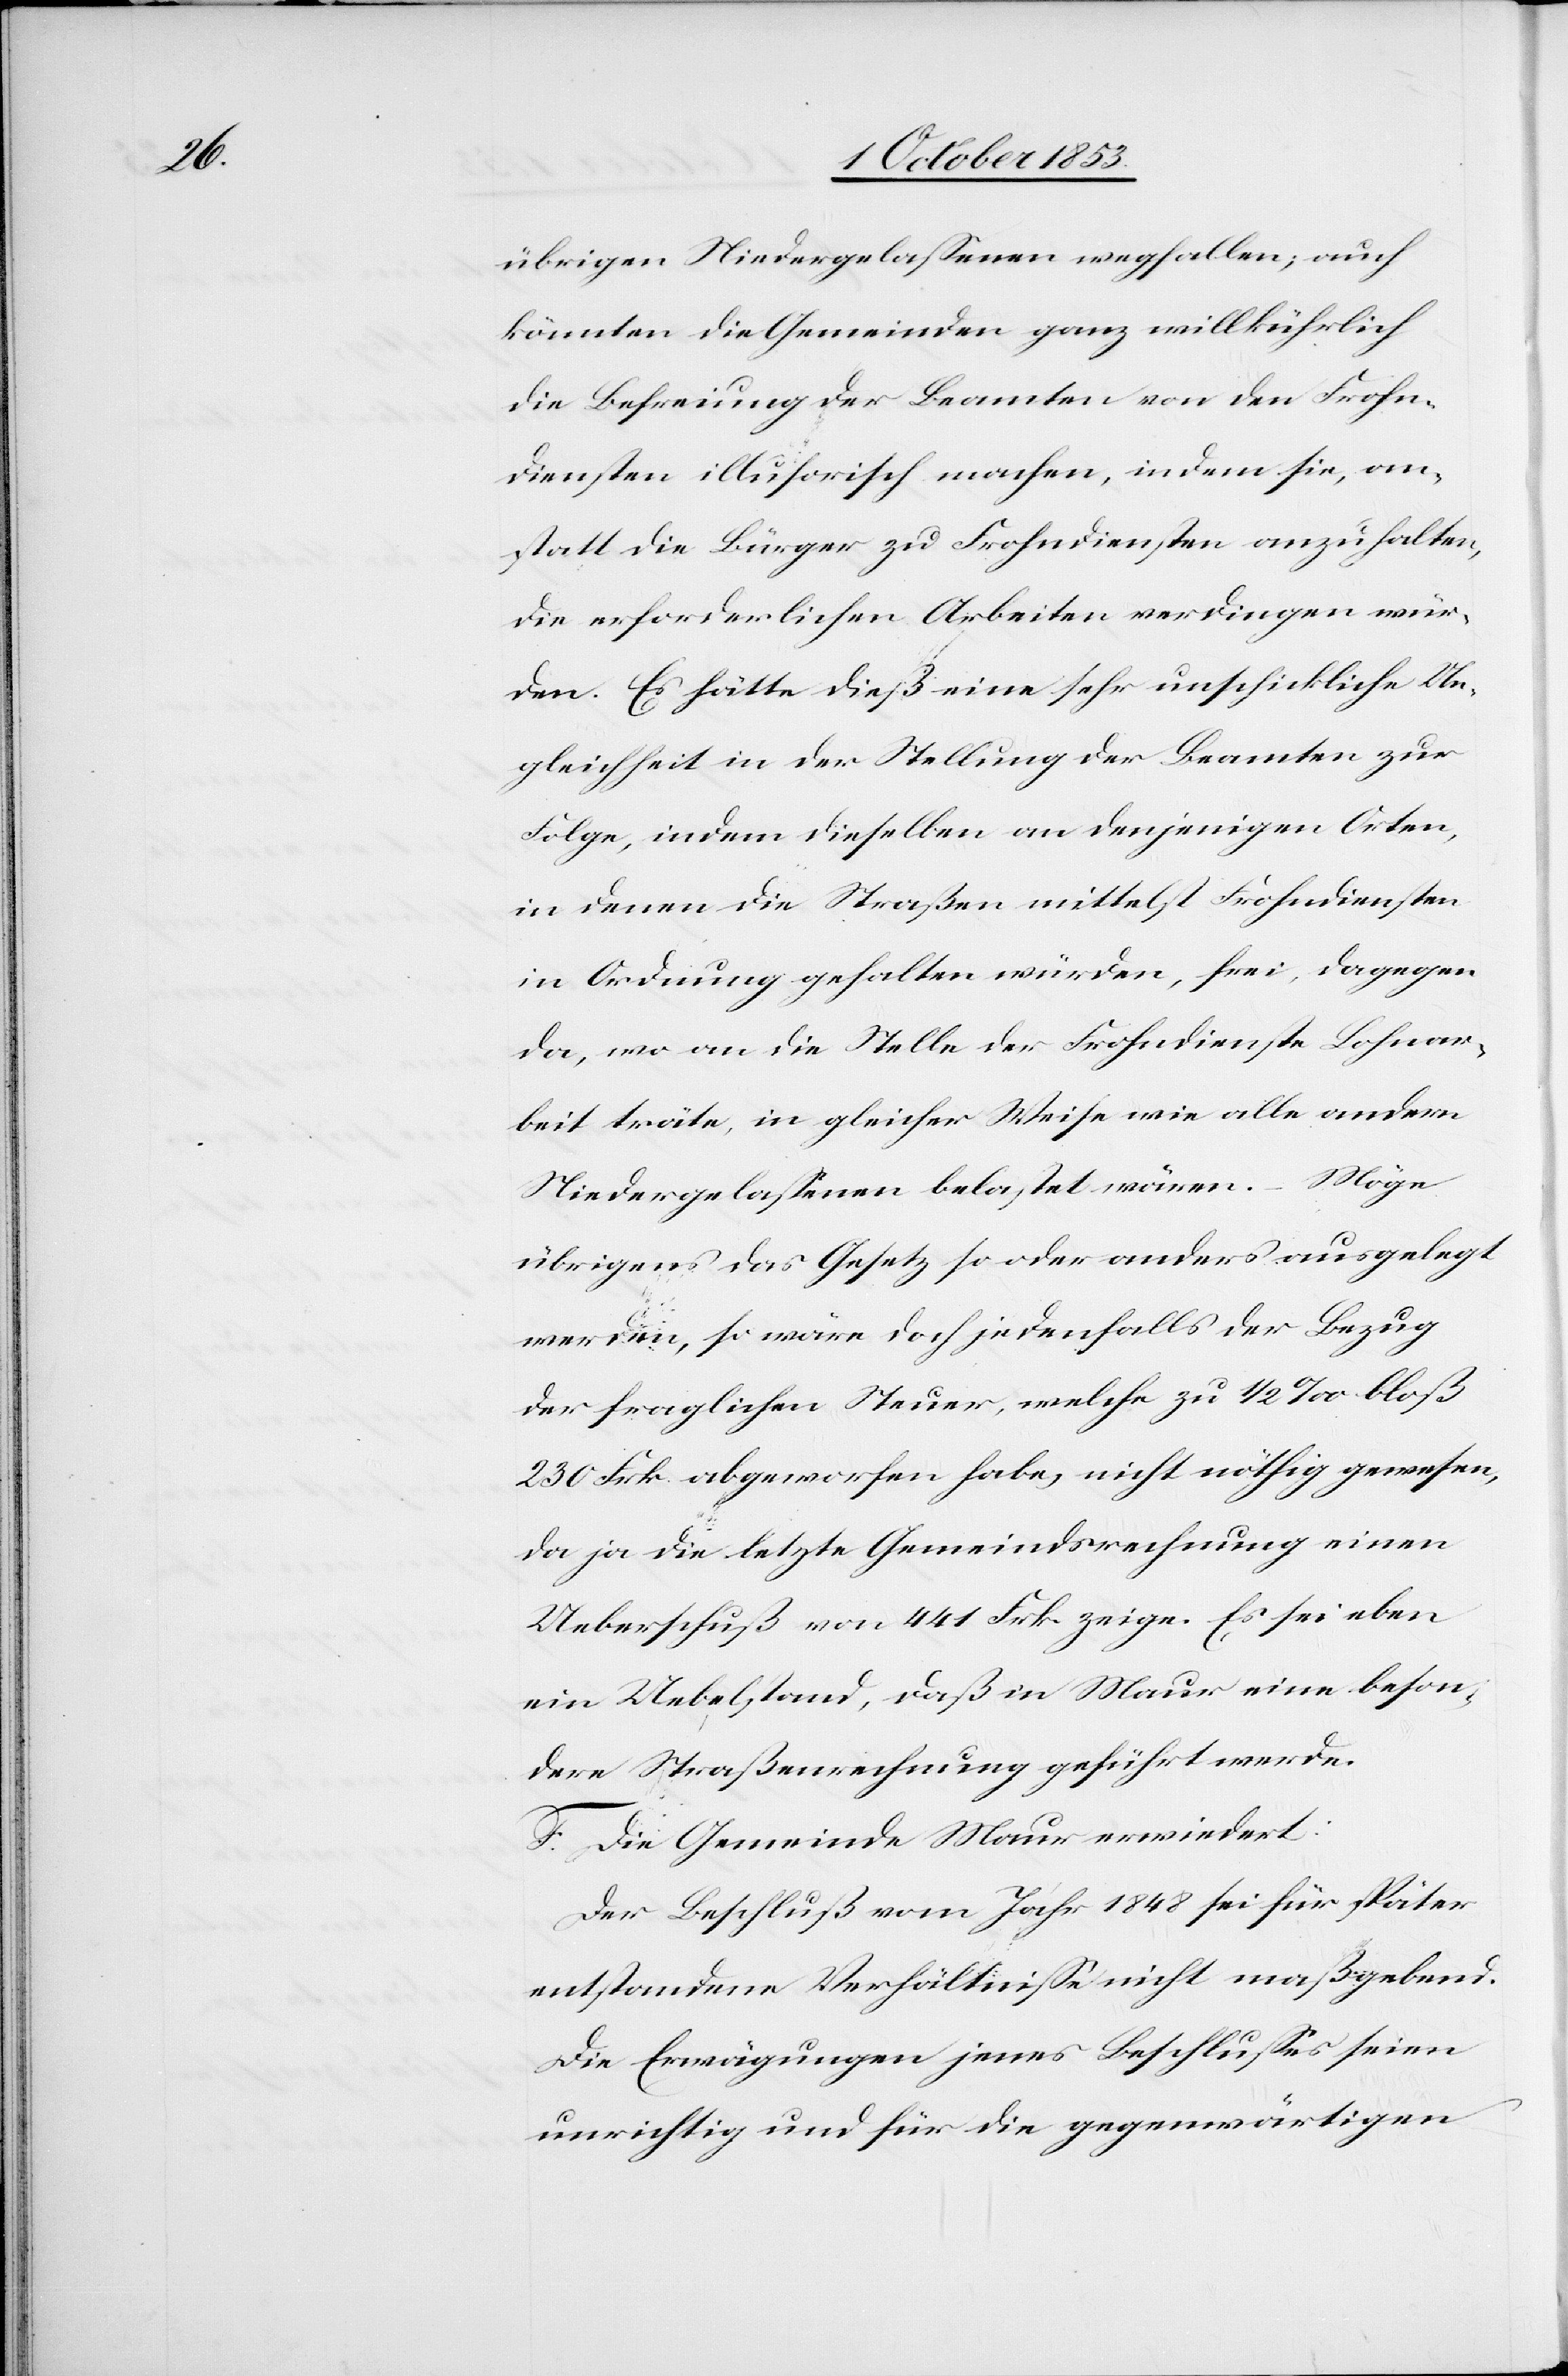
übrigen Niedergelaßenen wegfallen; auch
könnten die Gemeinden ganz willkührlich
die Befreiung der Beamten von den Frohn¬
diensten illusorisch machen, indem sie, an¬
statt die Bürger zu Frohndiensten anzuhalten,
die erforderlichen Arbeiten verdingen wür¬
den. Es hätte dieß eine sehr unschickliche Un¬
gleichheit in der Stellung der Beamten zur
Folge, indem dieselben an denjenigen Orten,
in denen die Straßen mittelst Frohndiensten
in Ordnung gehalten würden, frei, dagegen
da, wo an die Stelle der Frohndienste Lohnar¬
beit träte, in gleicher Weise wie alle andern
Niedergelaßenen belastet wären. – Möge
übrigens das Gesetz so oder anders ausgelegt
werden, so wäre doch jedenfalls der Bezug
der fraglichen Steuer, welche zu 1/2 ‰ bloß
230 Frk. abgeworfen habe, nicht nöthig gewesen,
da ja die letzte Gemeindsrechnung einen
Ueberschuß von 441 Frk. zeige. Es sei eben
eine Uebelstand, daß in Maur eine beson¬
dere Straßenrechnung geführt werde.
F. Die Gemeinde Maur erwiedert:
Der Beschluß vom Jahr 1848 sei für später
entstandene Verhältniße nicht maßgebend.
Die Erwägungen jenes Beschlußes seien
unrichtig und für die gegenwärtigen